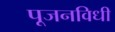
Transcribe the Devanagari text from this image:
पूजनविधी